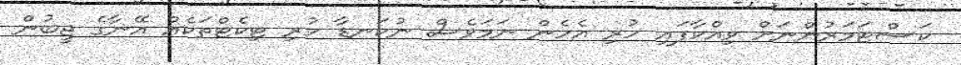
ކަސްޓަމަރުންނަށް ވިއްކާފައި ހުރި އެހެން ނަމަވެސް ނުކަނޑާ ހުރި ޓިކެޓްތަކެއް އޭނާގެ ޖީބުން